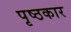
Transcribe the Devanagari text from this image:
पृष्ठकार